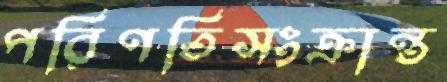
পরিণতিসংক্রান্ত